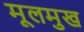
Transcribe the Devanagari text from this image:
मूलमुख